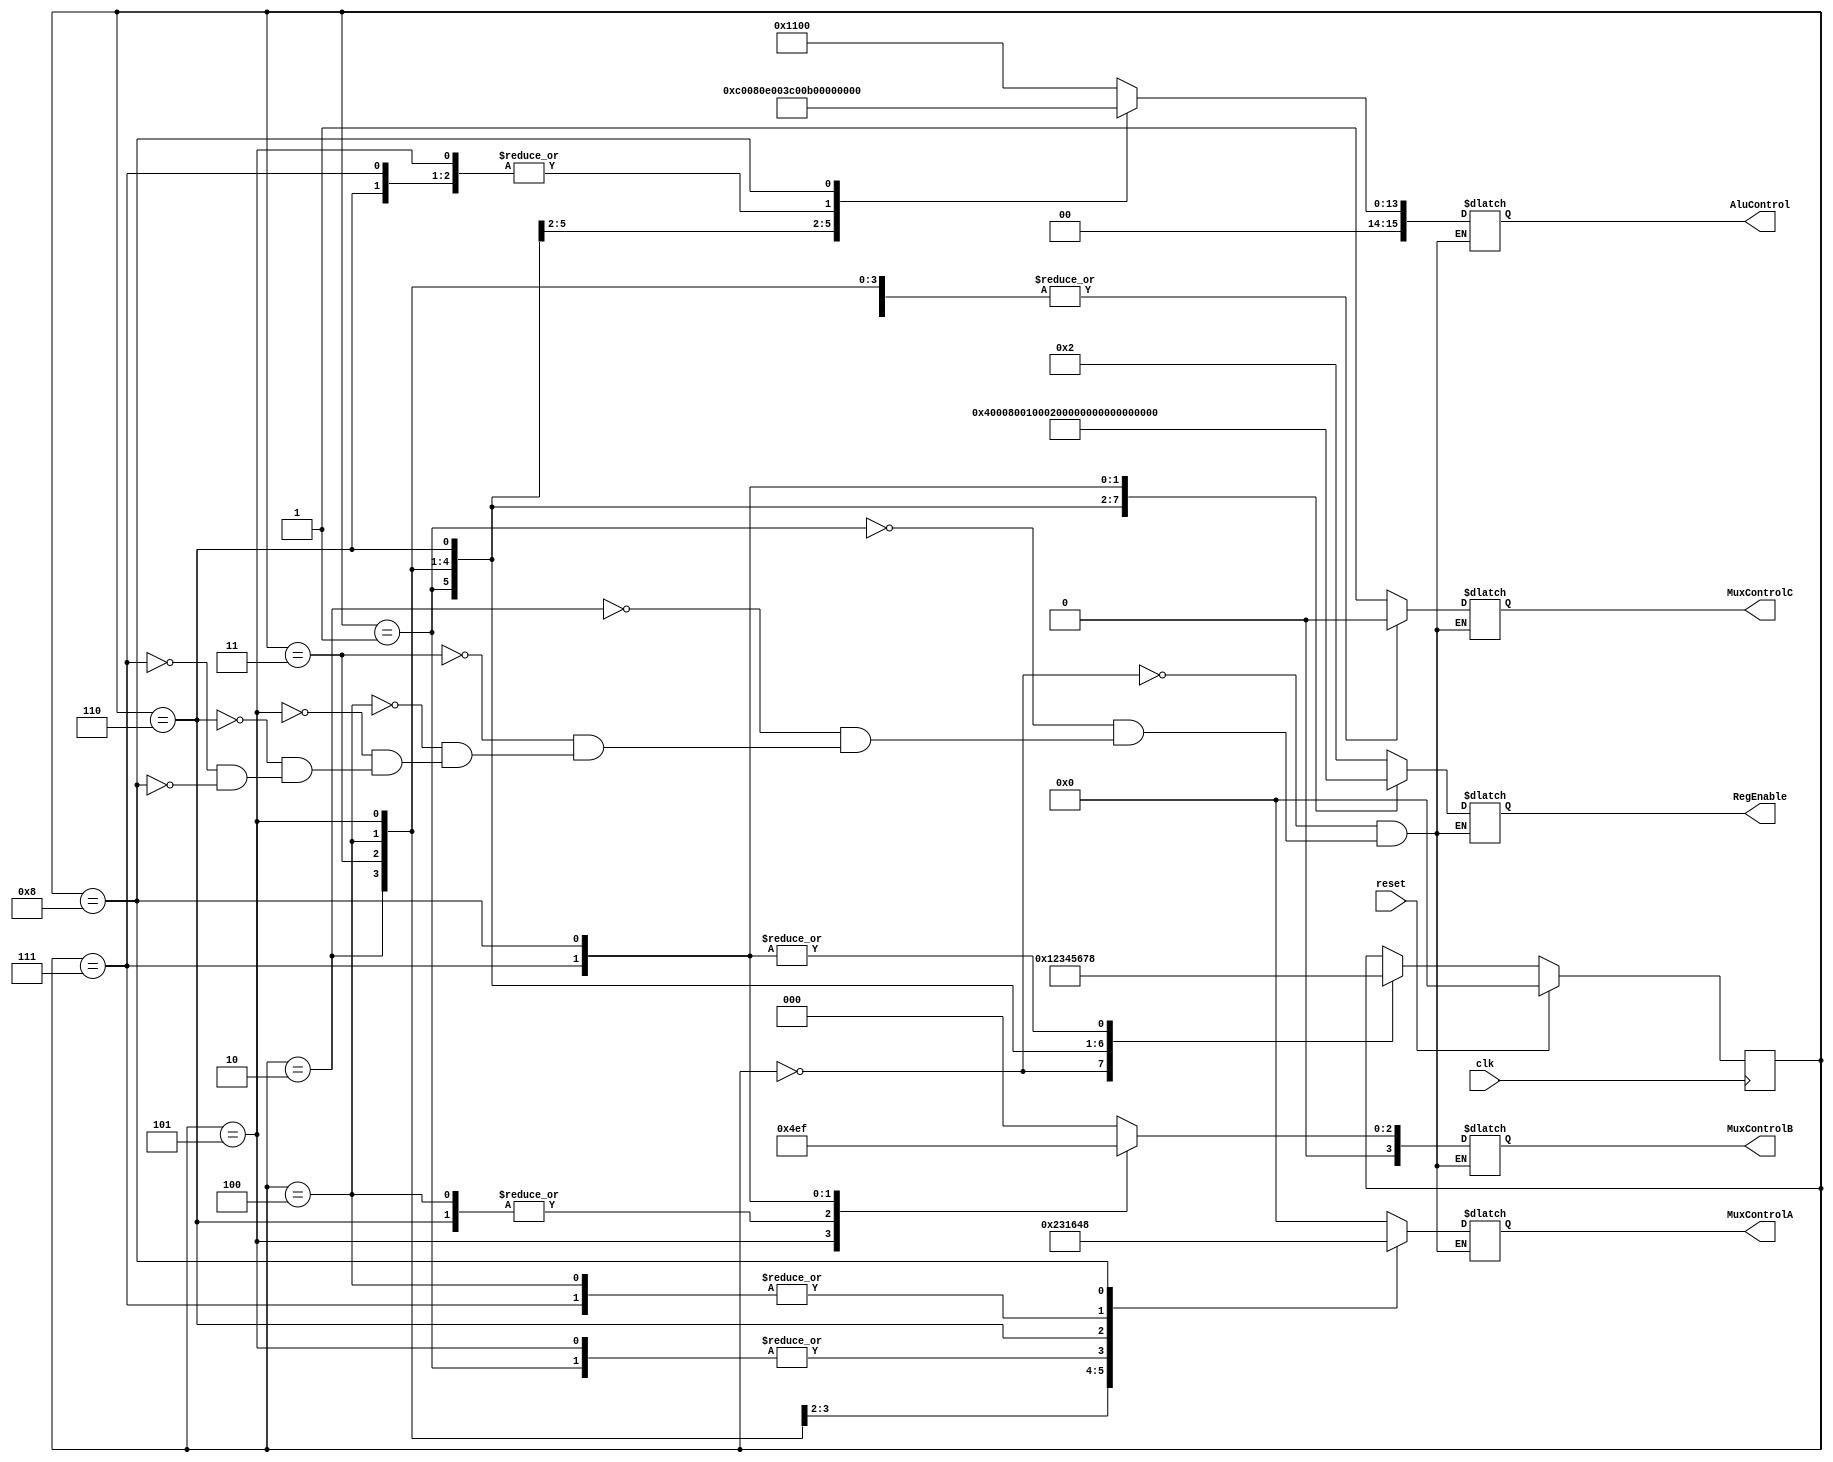
`timescale 1ns / 1ps
//////////////////////////////////////////////////////////////////////////////////
// Company: 
// Engineer: 
// 
// Design Name: 
// Module Name:    FSM_Edge
// Project Name: 
// Target Devices: 
// Tool versions: 
// Description: 
//
// Dependencies: 
//
// Revision: 
// Revision 0.01 - File Created
// Additional Comments: 
//
//////////////////////////////////////////////////////////////////////////////////

module FSM_Edge (clk, reset, RegEnable, MuxControlA, MuxControlB, MuxControlC, AluControl);
	input clk, reset;
	output reg [15:0] RegEnable;
	output reg [3:0] MuxControlA, MuxControlB;
	output reg MuxControlC;
	output reg [15:0] AluControl;	
	
	
	parameter [3:0] s0 = 4'b0000, s1 = 4'b0001, s2 = 4'b0010, s3 = 4'b0011, s4 = 4'b0100, 
						  s5 = 4'b0101, s6 = 4'b0110, s7 = 4'b0111, s8 = 4'b1000;
	reg [3:0] state = s0;
	
	// Define the next state combinational circuit
	always @(posedge clk)
	 begin
		if(reset == 1'b1)
		 begin
			state <= s0;
		 end
		else
		 begin
			case(state)
				s0: state <= s1;
				s1: state <= s2;
				s2: state <= s3;
				s3: state <= s4;
				s4: state <= s5;
				s5: state <= s6;
				s6: state <= s7;
				s7: state <= s8;
				s8: state <= s8;
				default: state <= state;
			endcase
		 end
	 end
	
	always @(state)
	 begin
		case(state)
			s0: begin 
					RegEnable = 16'b 0000_0000_0000_0010; //r1 =  (0000_0000_0001_0001) = 17 = 0x11
					MuxControlA = 4'b 0000;  // reg 0
					MuxControlB = 4'b 0000;  // doesn't matter, bc MuxC enabled
					MuxControlC = 1'b 1;    // 0 = reg, 1 = immed
					AluControl = 16'b 0001_0001_0000_0000;     // addcui immed. empty reg + 16 + carry = 17
				 end
			s1: begin 
					RegEnable = 16'b 0000_0000_0000_0100; // r2 = (0000_0000_0100_0100) = 68 = 0x44
					MuxControlA = 4'b 0001; //reg 1 = 17
					MuxControlB = 4'b 0000; //doesnt matter
					MuxControlC = 1'b 1; 
					AluControl = 16'b 0011_0000_0000_0010; // LSHI by 2  
				 end			
			s2: begin 
					RegEnable = 16'b 0000_0000_0000_1000; // r3 = (0000_0000_0010_0010) = 34 = 0x22
					MuxControlA = 4'b 0010; //r2
					MuxControlB = 4'b 0000; //r0
					MuxControlC = 1'b 0; //no immed.
					AluControl = 16'b 0000_0000_1110_0000;  // ARSH
				 end		
			s3: begin 
					RegEnable = 16'b 0000_0000_0001_0000;  // r4 = (1111_1111_1101_1101) = 65,501 0xFFDD
					MuxControlA = 4'b 0011;  //r3
					MuxControlB = 4'b 0000; // B reg doesnt matter
					MuxControlC = 1'b 0; //no imm
					AluControl = 16'b 0000_0000_1111_0000; // Not r3
				 end	
			s4: begin 
					RegEnable = 16'b 0000_0000_0010_0000;  // r5 = (0000_0000_0000_0001)
					MuxControlA = 4'b 0100;  //r4
					MuxControlB = 4'b 0011; // r3
					MuxControlC = 1'b 0; //no imm
					AluControl = 16'b 0000_0000_1011_0000; // signed cmp r4
				 end	
			s5: begin 
					RegEnable = 16'b 0000_0000_0100_0000;  // r6 = (0000_0000_0101_0101) = 85 = 0x55
					MuxControlA = 4'b 0001;  //r1
					MuxControlB = 4'b 0010; // r2
					MuxControlC = 1'b 0; //no imm
					AluControl = 16'b 0000_0000_0101_0000; // add
				 end	
			s6: begin 
					RegEnable = 16'b 0000_0000_1000_0000;  // r7 = (0000_0000_0111_0111) = 119 = 0x77
					MuxControlA = 4'b 0110;  //r6
					MuxControlB = 4'b 0011; // r3
					MuxControlC = 1'b 0; //no imm
					AluControl = 16'b 0000_0000_0101_0000; // add
				 end	
			s7: begin 
					RegEnable = 16'b 0000_0001_0000_0000;  // r8 = (1111_1111_1101_1110) = 65,502 = 0xFFDE
					MuxControlA = 4'b 0100;  //r4
					MuxControlB = 4'b 0101; // r5
					MuxControlC = 1'b 0; //no imm
					AluControl = 16'b 0000_0000_0101_0000; // add
				 end	
			s8: begin 
					RegEnable = 16'b 1000_0000_0000_0000;  // r15 = (0000_0000_0101_0101) = 85 = 0x55
					MuxControlA = 4'b 1000;  //r8
					MuxControlB = 4'b 0111; // r7
					MuxControlC = 1'b 0; //no imm
					AluControl = 16'b 0000_0000_0110_0000; // addu
				 end	
//			default: begin 
//					RegEnable = 16'b 0000_0000_0000_0000; //shouldnt get here, leave as no-op
//					MuxControlA = 4'b 0000;
//					MuxControlB = 4'b 0000;
//					MuxControlC = 1'b 0;
//					AluControl = 16'b 0000_0000_0000_0000;
//				 end
		endcase
	 end
endmodule